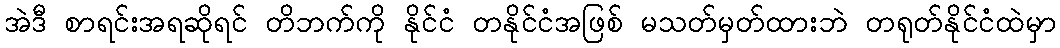
အဲဒီ စာရင်းအရဆိုရင် တိဘက်ကို နိုင်ငံ တနိုင်ငံအဖြစ် မသတ်မှတ်ထားဘဲ တရုတ်နိုင်ငံထဲမှာ